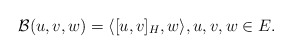
\begin{align*} \mathcal{B}(u,v,w) = \langle [u,v]_H,w\rangle,u,v,w\in E.\end{align*}